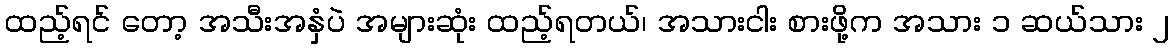
ထည့်ရင် တော့ အသီးအနှံပဲ အများဆုံး ထည့်ရတယ်၊ အသားငါး စားဖို့က အသား ၁ ဆယ်သား ၂